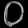
Digit: ၀